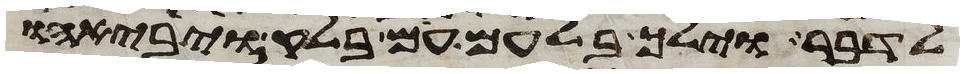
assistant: לדבר וילך בלעם עם בלק ויבאהו